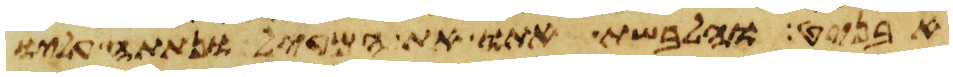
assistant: אבניט והלבשת אתו את המעיל ונתתה עליו